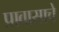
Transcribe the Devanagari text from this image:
प्रावासाचे